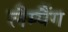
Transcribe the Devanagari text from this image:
लैम्पैंग